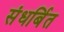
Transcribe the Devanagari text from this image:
संधर्बित